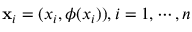
\mathbf { x } _ { i } = ( x _ { i } , \phi ( x _ { i } ) ) , i = 1 , \cdots , n